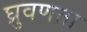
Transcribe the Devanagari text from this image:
घ्रुवणता